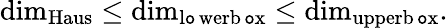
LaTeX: \dim_{\operatorname{Haus}}\leq\dim_{\operatorname{l\mathtt{o}werb\mathtt{o}x}}\leq\dim_{\operatorname{upperb\mathtt{o}x}}.